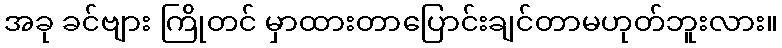
အခု ခင်ဗျား ကြိုတင် မှာထားတာပြောင်းချင်တာမဟုတ်ဘူးလား။